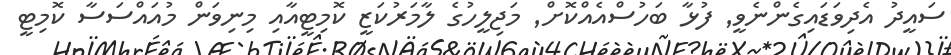
ސައީދު އެދިވަޑައިގެންނެވީ